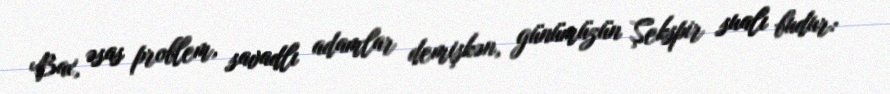
Bax, əsas problem, savadlı adamlar demişkən, günümüzün Şekspir sualı budur: